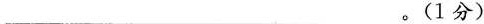
___。(1分)